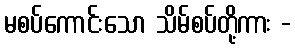
မစပ်ကောင်းသော သိမ်စပ်တို့ကား -